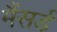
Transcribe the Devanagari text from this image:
मैंसर्ड